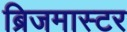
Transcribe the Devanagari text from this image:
ब्रिजमास्टर